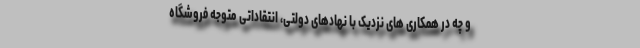
و چه در همکاری های نزدیک با نهادهای دولتی، انتقاداتی متوجه فروشگاه